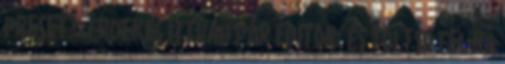
preset? .érdekes Ittvan pár editor: és töltsd fel rá